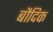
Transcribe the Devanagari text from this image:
बौदिक